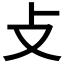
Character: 攴